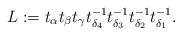
LaTeX: \begin{align*}L:=t_{\alpha}t_{\beta}t_{\gamma}t_{\delta_4}^{-1}t_{\delta_3}^{-1}t_{\delta_2}^{-1}t_{\delta_1}^{-1}. \end{align*}